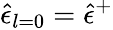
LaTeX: \hat{\epsilon}_{l=0}=\hat{\epsilon}^{+}